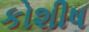
કોશીષ